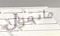
ماتقول